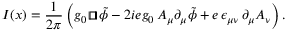
I ( x ) = \frac { 1 } { 2 \pi } \, \Bigl ( g _ { 0 } \, { \sqcap \! \! \! \! \sqcup } \, \tilde { \phi } - 2 i e g _ { 0 } \, A _ { \mu } \partial _ { \mu } \tilde { \phi } + e \, \epsilon _ { \mu \nu } \, \partial _ { \mu } A _ { \nu } \Bigr ) \, .